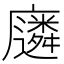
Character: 𫸈